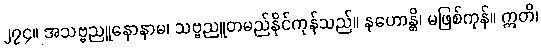
၂၇၄။ အသဗ္ဗညူနောနာမ၊ သဗ္ဗညူတမည်နိုင်ကုန်သည်။ နဟောန္တိ၊ မဖြစ်ကုန်။ ဣတိ၊